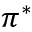
\pi ^ { * }